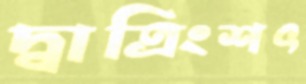
দ্বাত্রিংশৎ